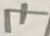
Text: 7